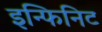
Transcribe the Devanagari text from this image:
इन्फिनिट